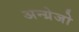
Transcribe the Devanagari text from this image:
अन्ग्रेजो